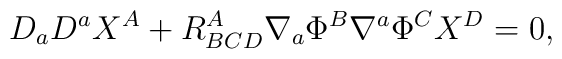
D_{a}D^{a}X^{A}+R_{BCD}^{A}\nabla _{a}\Phi ^{B}\nabla ^{a}\Phi ^{C}X^{D}=0,